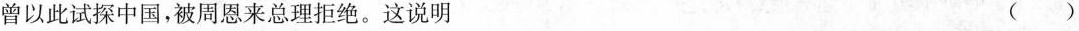
曾以此试探中国，被周恩来总理拒绝。这说明 ( )